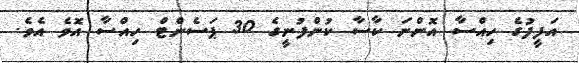
އަފީފުގެ ހިއްސާ އޮންނަ ކާސާ ކުންފުނީގެ 30 ޕަސެންޓް ހިއްސާ އޮވެ އެވެ.